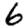
Digit: 6